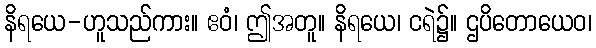
နိရယေ-ဟူသည်ကား။ ဧဝံ၊ ဤအတူ။ နိရယေ၊ ငရဲ၌။ ဌပိတောယေဝ၊